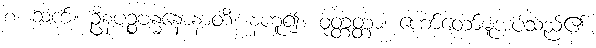
စ၊ ဆက်။ ဦနပဉ္စဗန္ဓနောနာတိ၊ နဟူ၍။ ဝုတ္တတ္တာ၊ ဟော်တော်မူအပ်သည်၏